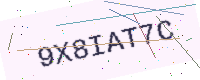
Text: 9X8IAT7C